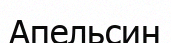
Апельсин